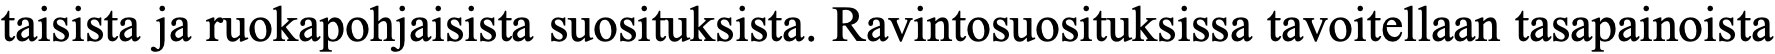
taisista ja ruokapohjaisista suosituksista. Ravintosuosituksissa tavoitellaan tasapainoista